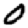
Digit: 0